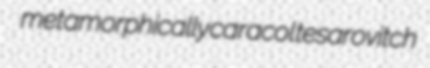
metamorphically caracol tesarovitch